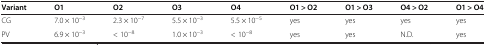
| Variant | O1 | O2 | O3 | O4 | O1 > O2 | O1 > O3 | O4 > O2 | O1 > O4 |
 | --- | --- | --- | --- | --- | --- | --- | --- | --- |
 | CG | 7.0 × 10−3 | 2.3 × 10−7 | 5.5 × 10−3 | 5.5 × 10−5 | yes | yes | yes | yes |
 | PV | 6.9 × 10−3 | < 10−8 | 1.0 × 10−3 | < 10−8 | yes | yes | N.D. | yes |